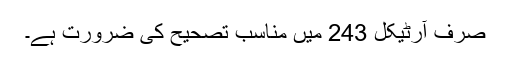
صرف آرٹیکل 243 میں مناسب تصحیح کی ضرورت ہے۔